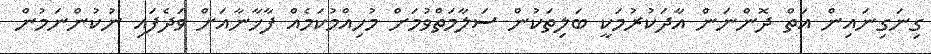
ގިނަގިނައިން އަތް ދޮންނަން އާދަކުރުމަކީ ބަލިތަކުން ސަލާމަތްވުމަށް މުހިއްމުކަމެއް ފާޚާނާއަށް ވަދެފައި ނުކުންނަމުން